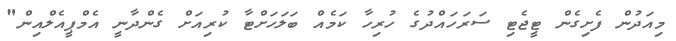
މިއަދުން ފެށިގެން ޓީޖެޓި ސަރަހައްދުގެ ހުރިހާ ކަމެއް ބަލަހަށްޓާ ކުރިއަށް ގެންދާނީ އެމްޕީއެލްއިން"